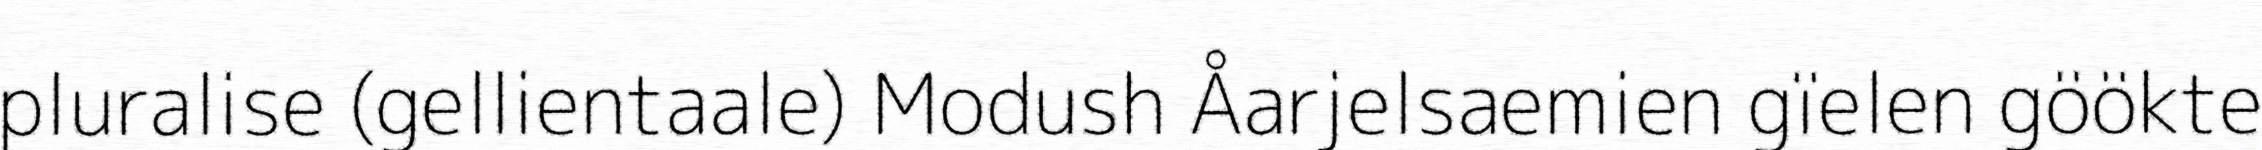
pluralise (gellientaale) Modush Åarjelsaemien gïelen göökte